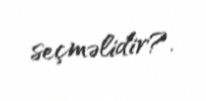
seçməlidir?.